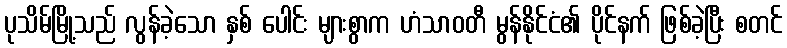
ပုသိမ်မြို့သည် လွန်ခဲ့သော နှစ် ပေါင်း များစွာက ဟံသာဝတီ မွန်နိုင်ငံ၏ ပိုင်နက် ဖြစ်ခဲ့ပြီး စတင်